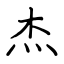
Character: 杰